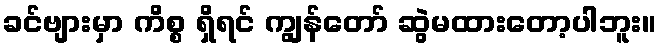
ခင်ဗျားမှာ ကိစ္စ ရှိရင် ကျွန်တော် ဆွဲမထားတော့ပါဘူး။